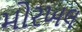
મોરખલ